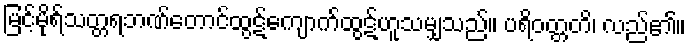
မြင့်မိုရ်သတ္တရဘဏ်တောင်ထွဋ်ကျောက်ထွဋ်ဟူသမျှသည်။ ပရိဝတ္တတိ၊ လည်၏။